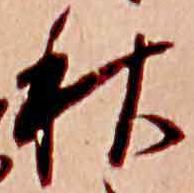
秋